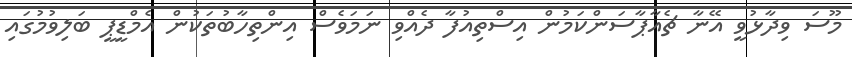
މޫސަ ވިދާޅުވީ އޭނާ ޗެއާޕާސަންކަމުން އިސްތިއުފާ ދެއްވި ނަމަވެސް އިންތިހާބުތަކުން އެމްޑީޕީ ބަލިވުމުގައި